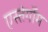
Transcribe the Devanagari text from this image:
एस्तेर्गोम